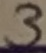
Text: 3